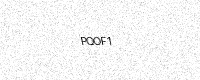
Text: PQOF1